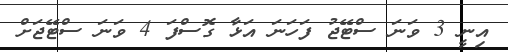
އިނީ 3 ވަނަ ސްޓޭޖު ފަހަނަ އަޅާ ގޮސްފަ 4 ވަނަ ސްޓޭޖަށް